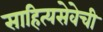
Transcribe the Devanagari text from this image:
साहित्यसेवेची